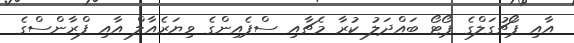
އާއި ޕޯޗުގަލްގެ ޕޯޓޯ ބައްދަލު ކުރާ މެޗާއި ސްޕެއިންގެ ވިޔަރެއާލް އާއި ފްރާންސްގެ